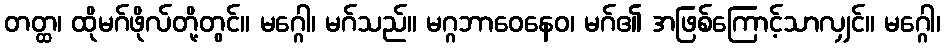
တတ္ထ၊ ထိုမဂ်ဖိုလ်တို့တွင်။ မဂ္ဂေါ၊ မဂ်သည်။ မဂ္ဂဘာဝေနေဝ၊ မဂ်၏ အဖြစ်ကြောင့်သာလျှင်။ မဂ္ဂေါ၊